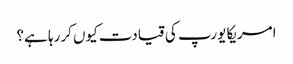
امریکا یورپ کی قیادت کیوں کررہا ہے؟